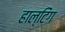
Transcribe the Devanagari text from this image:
हाल्टिंग